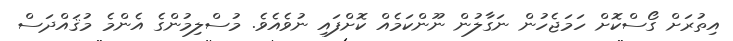
އިތުރަށް ގޯސްކޮށް ހަމަޖެހުން ނަގާލުން ނޫންކަމެއް ކޮށްފައި ނުވެއެވެ. މުސްލިމުންގެ އެންމެ މުޤައްދަސް